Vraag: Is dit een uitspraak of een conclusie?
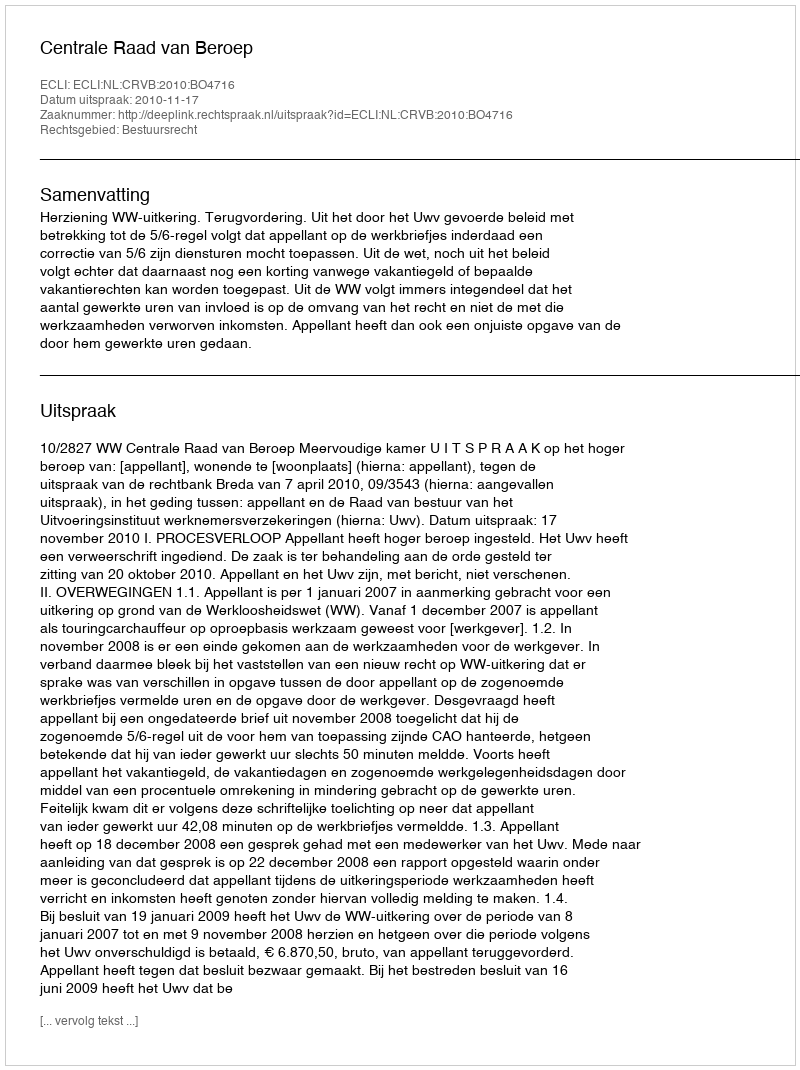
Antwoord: Uitspraak